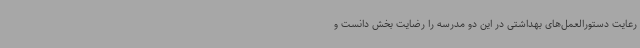
رعایت دستورالعمل‌های بهداشتی در این دو مدرسه را رضایت بخش دانست و